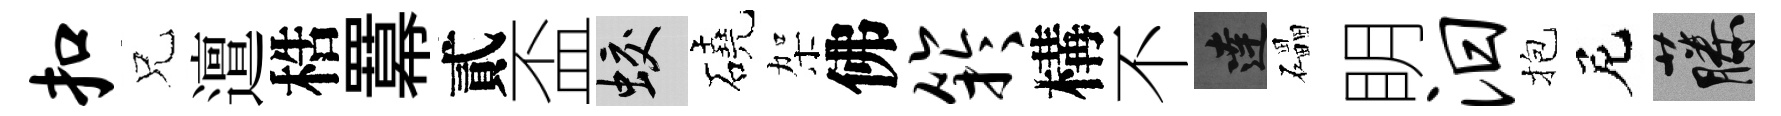
扣兄邅梏羃貳盃蛟磽架佛竽構不達礧眀汨抱尼藤